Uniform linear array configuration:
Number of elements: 64
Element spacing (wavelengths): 1
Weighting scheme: cosine
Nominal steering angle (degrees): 30
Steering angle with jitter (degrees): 31.802
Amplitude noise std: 0.05
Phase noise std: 0.05

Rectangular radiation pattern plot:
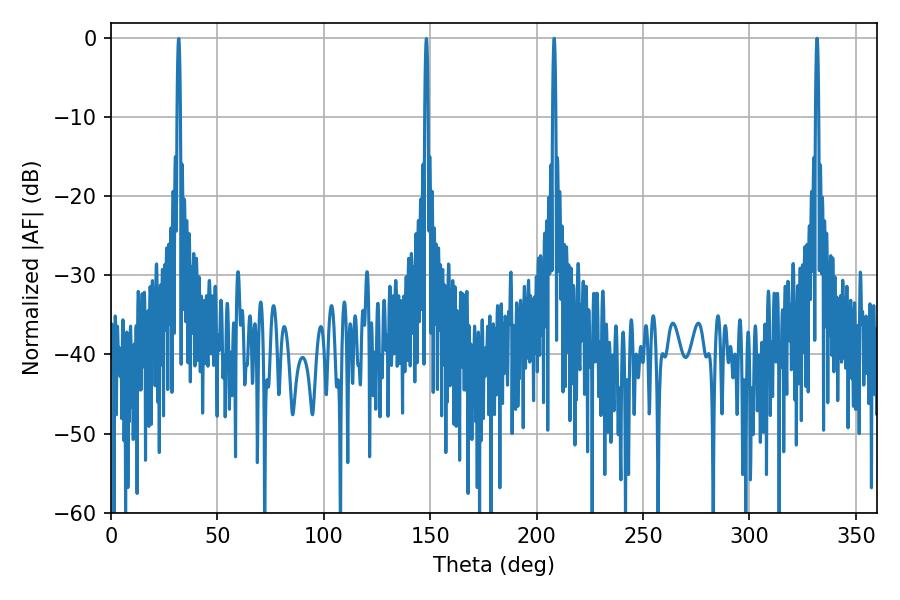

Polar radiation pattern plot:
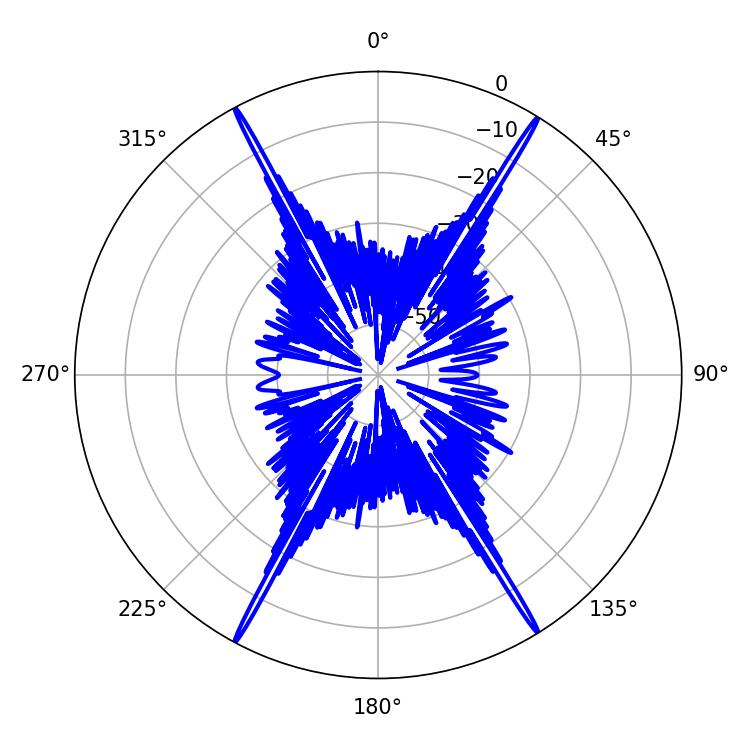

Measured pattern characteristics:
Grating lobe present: TRUE
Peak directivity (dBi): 28.761
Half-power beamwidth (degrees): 0.72
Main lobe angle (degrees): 331.74